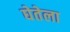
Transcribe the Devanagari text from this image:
घेतेला